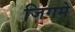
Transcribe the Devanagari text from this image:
जिगमे